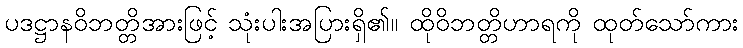
ပဒဋ္ဌာနဝိဘတ္တိအားဖြင့် သုံးပါးအပြားရှိ၏။ ထိုဝိဘတ္တိဟာရကို ထုတ်သော်ကား